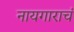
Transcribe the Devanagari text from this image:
नायगाराचं